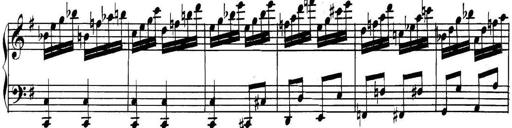
Title: Collected Piano Sonatas
Composer: Muzio Clementi